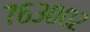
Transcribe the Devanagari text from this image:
७६३००२